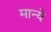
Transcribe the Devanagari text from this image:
मान्ये